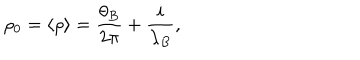
LaTeX: \rho _ { 0 } = \langle \rho \rangle = { \frac { \theta _ { B } } { 2 \pi } } + { \frac { i } { \lambda _ { B } } } ,